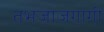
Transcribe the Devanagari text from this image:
तभजाजगागी